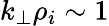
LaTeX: k_{\perp}\rho_{i}\sim 1